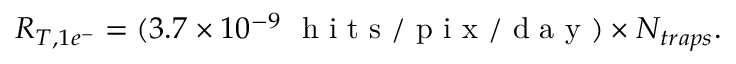
R _ { T , 1 e ^ { - } } = ( 3 . 7 \times 1 0 ^ { - 9 } ~ \mathrm { ~ h ~ i ~ t ~ s ~ / ~ p ~ i ~ x ~ / ~ d ~ a ~ y ~ } ) \times N _ { t r a p s } .